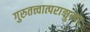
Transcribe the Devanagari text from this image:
गुरुतत्त्वात्पराङ्मुखाः